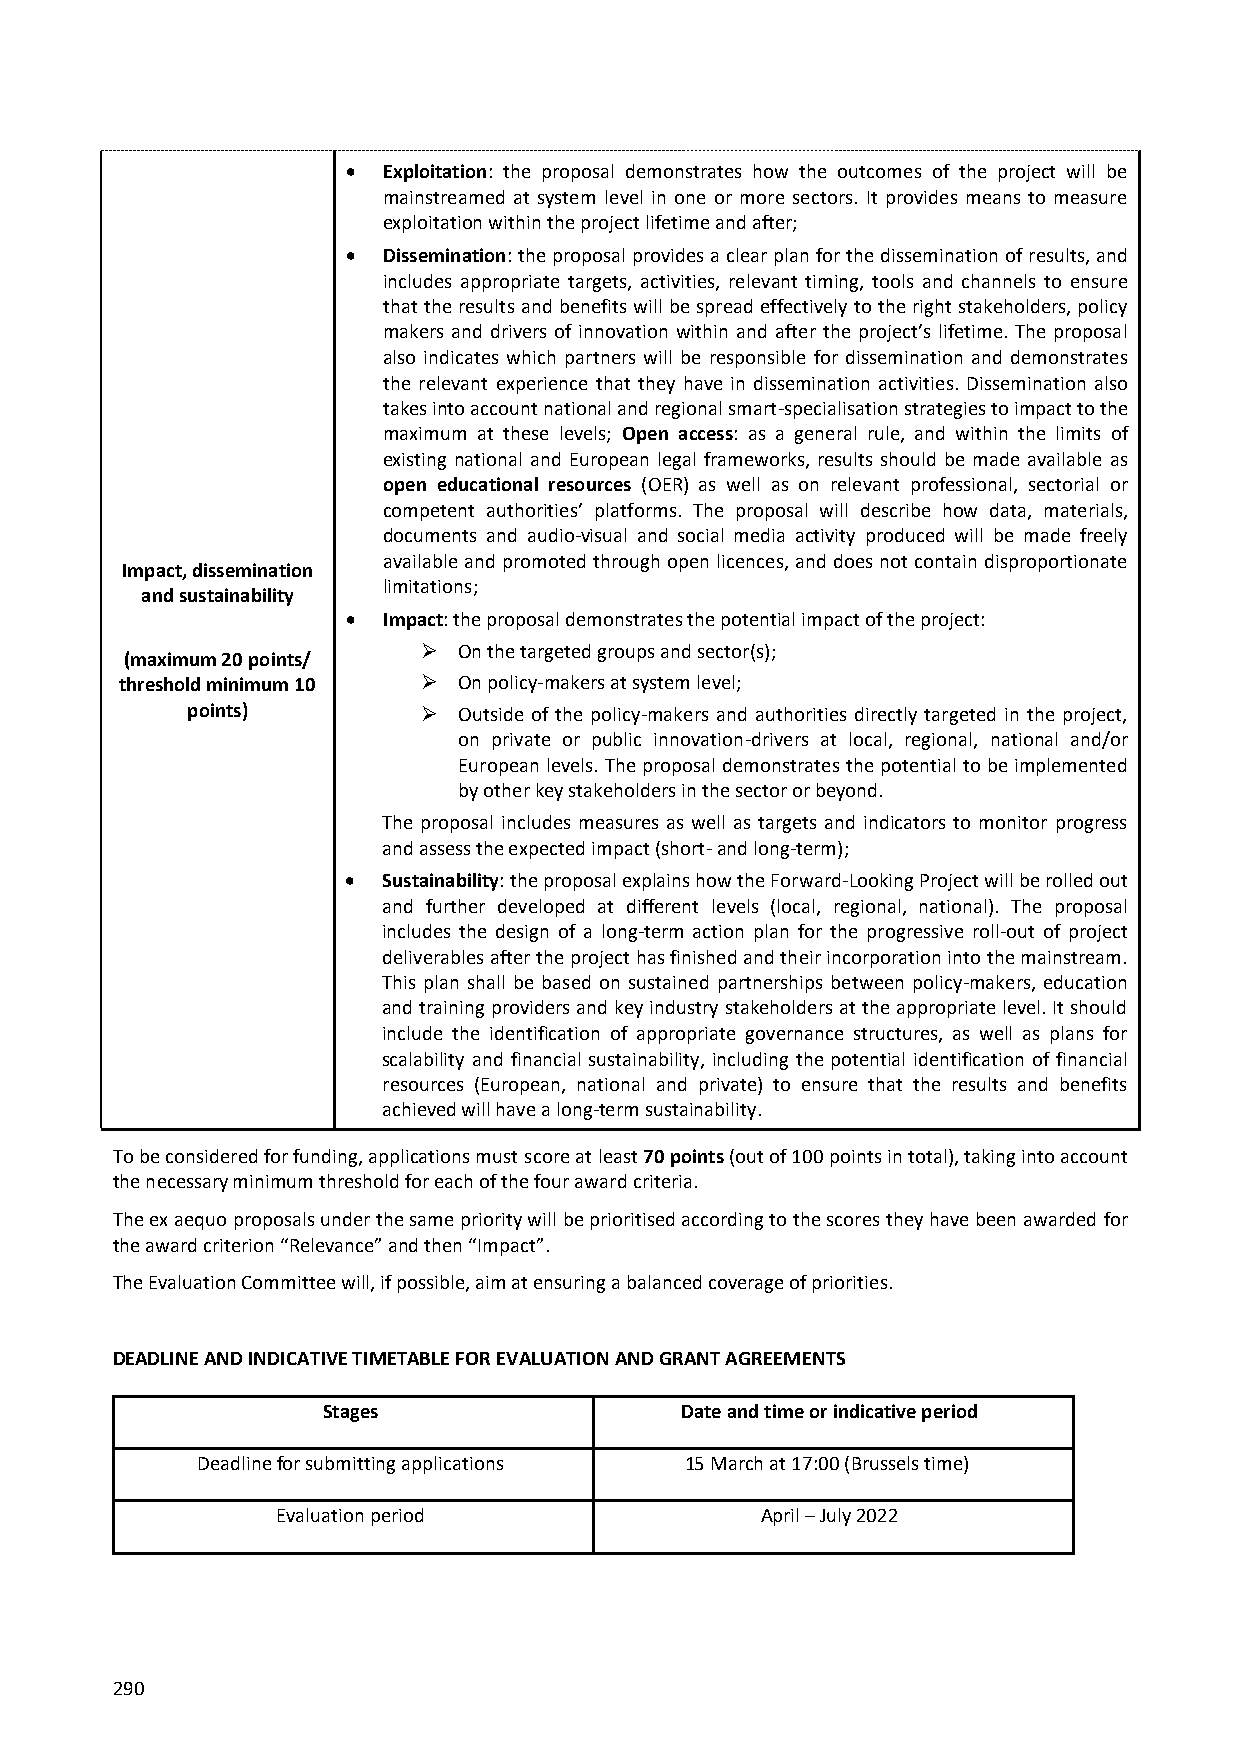
 Exploitation: the proposal demonstrates how the outcomes of the project will be
 mainstreamed at system level in one or more sectors. It provides means to measure
 exploitation within the project lifetime and after;
  Dissemination: the proposal provides a clear plan for the dissemination of results, and
 includes appropriate targets, activities, relevant timing, tools and channels to ensure
 that the results and benefits will be spread effectively to the right stakeholders, policy
 makers and drivers of innovation within and after the project’s lifetime. The proposal
 also indicates which partners will be responsible for dissemination and demonstrates
 the relevant experience that they have in dissemination activities. Dissemination also
 takes into account national and regional smart-specialisation strategies to impact to the
 maximum at these levels; Open access: as a general rule, and within the limits of
 existing national and European legal frameworks, results should be made available as
 open educational resources (OER) as well as on relevant professional, sectorial or
 competent authorities’ platforms. The proposal will describe how data, materials,
 documents and audio-visual and social media activity produced will be made freely
 available and promoted through open licences, and does not contain disproportionate
 Impact, dissemination
 limitations;
 and sustainability
  Impact: the proposal demonstrates the potential impact of the project:
  On the targeted groups and sector(s);
 (maximum 20 points/
 threshold minimum 10  On policy-makers at system level;
 points)          Outside of the policy-makers and authorities directly targeted in the project,
 on private or public innovation-drivers at local, regional, national and/or
 European levels. The proposal demonstrates the potential to be implemented
 by other key stakeholders in the sector or beyond.
 The proposal includes measures as well as targets and indicators to monitor progress
 and assess the expected impact (short- and long-term);
  Sustainability: the proposal explains how the Forward-Looking Project will be rolled out
 and further developed at different levels (local, regional, national). The proposal
 includes the design of a long-term action plan for the progressive roll-out of project
 deliverables after the project has finished and their incorporation into the mainstream.
 This plan shall be based on sustained partnerships between policy-makers, education
 and training providers and key industry stakeholders at the appropriate level. It should
 include the identification of appropriate governance structures, as well as plans for
 scalability and financial sustainability, including the potential identification of financial
 resources (European, national and private) to ensure that the results and benefits
 achieved will have a long-term sustainability.
 To be considered for funding, applications must score at least 70 points (out of 100 points in total), taking into account
 the necessary minimum threshold for each of the four award criteria.
 The ex aequo proposals under the same priority will be prioritised according to the scores they have been awarded for
 the award criterion “Relevance” and then “Impact”.
 The Evaluation Committee will, if possible, aim at ensuring a balanced coverage of priorities.
 DEADLINE AND INDICATIVE TIMETABLE FOR EVALUATION AND GRANT AGREEMENTS
 Stages                  Date and time or indicative period
 Deadline for submitting applications 15 March at 17:00 (Brussels time)
 Evaluation period               April – July 2022
 290